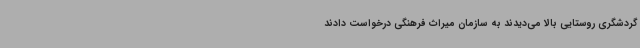
گردشگری روستایی بالا می‌دیدند به سازمان میراث فرهنگی درخواست دادند